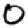
Digit: 0